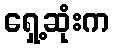
ရှေ့ဆုံးက